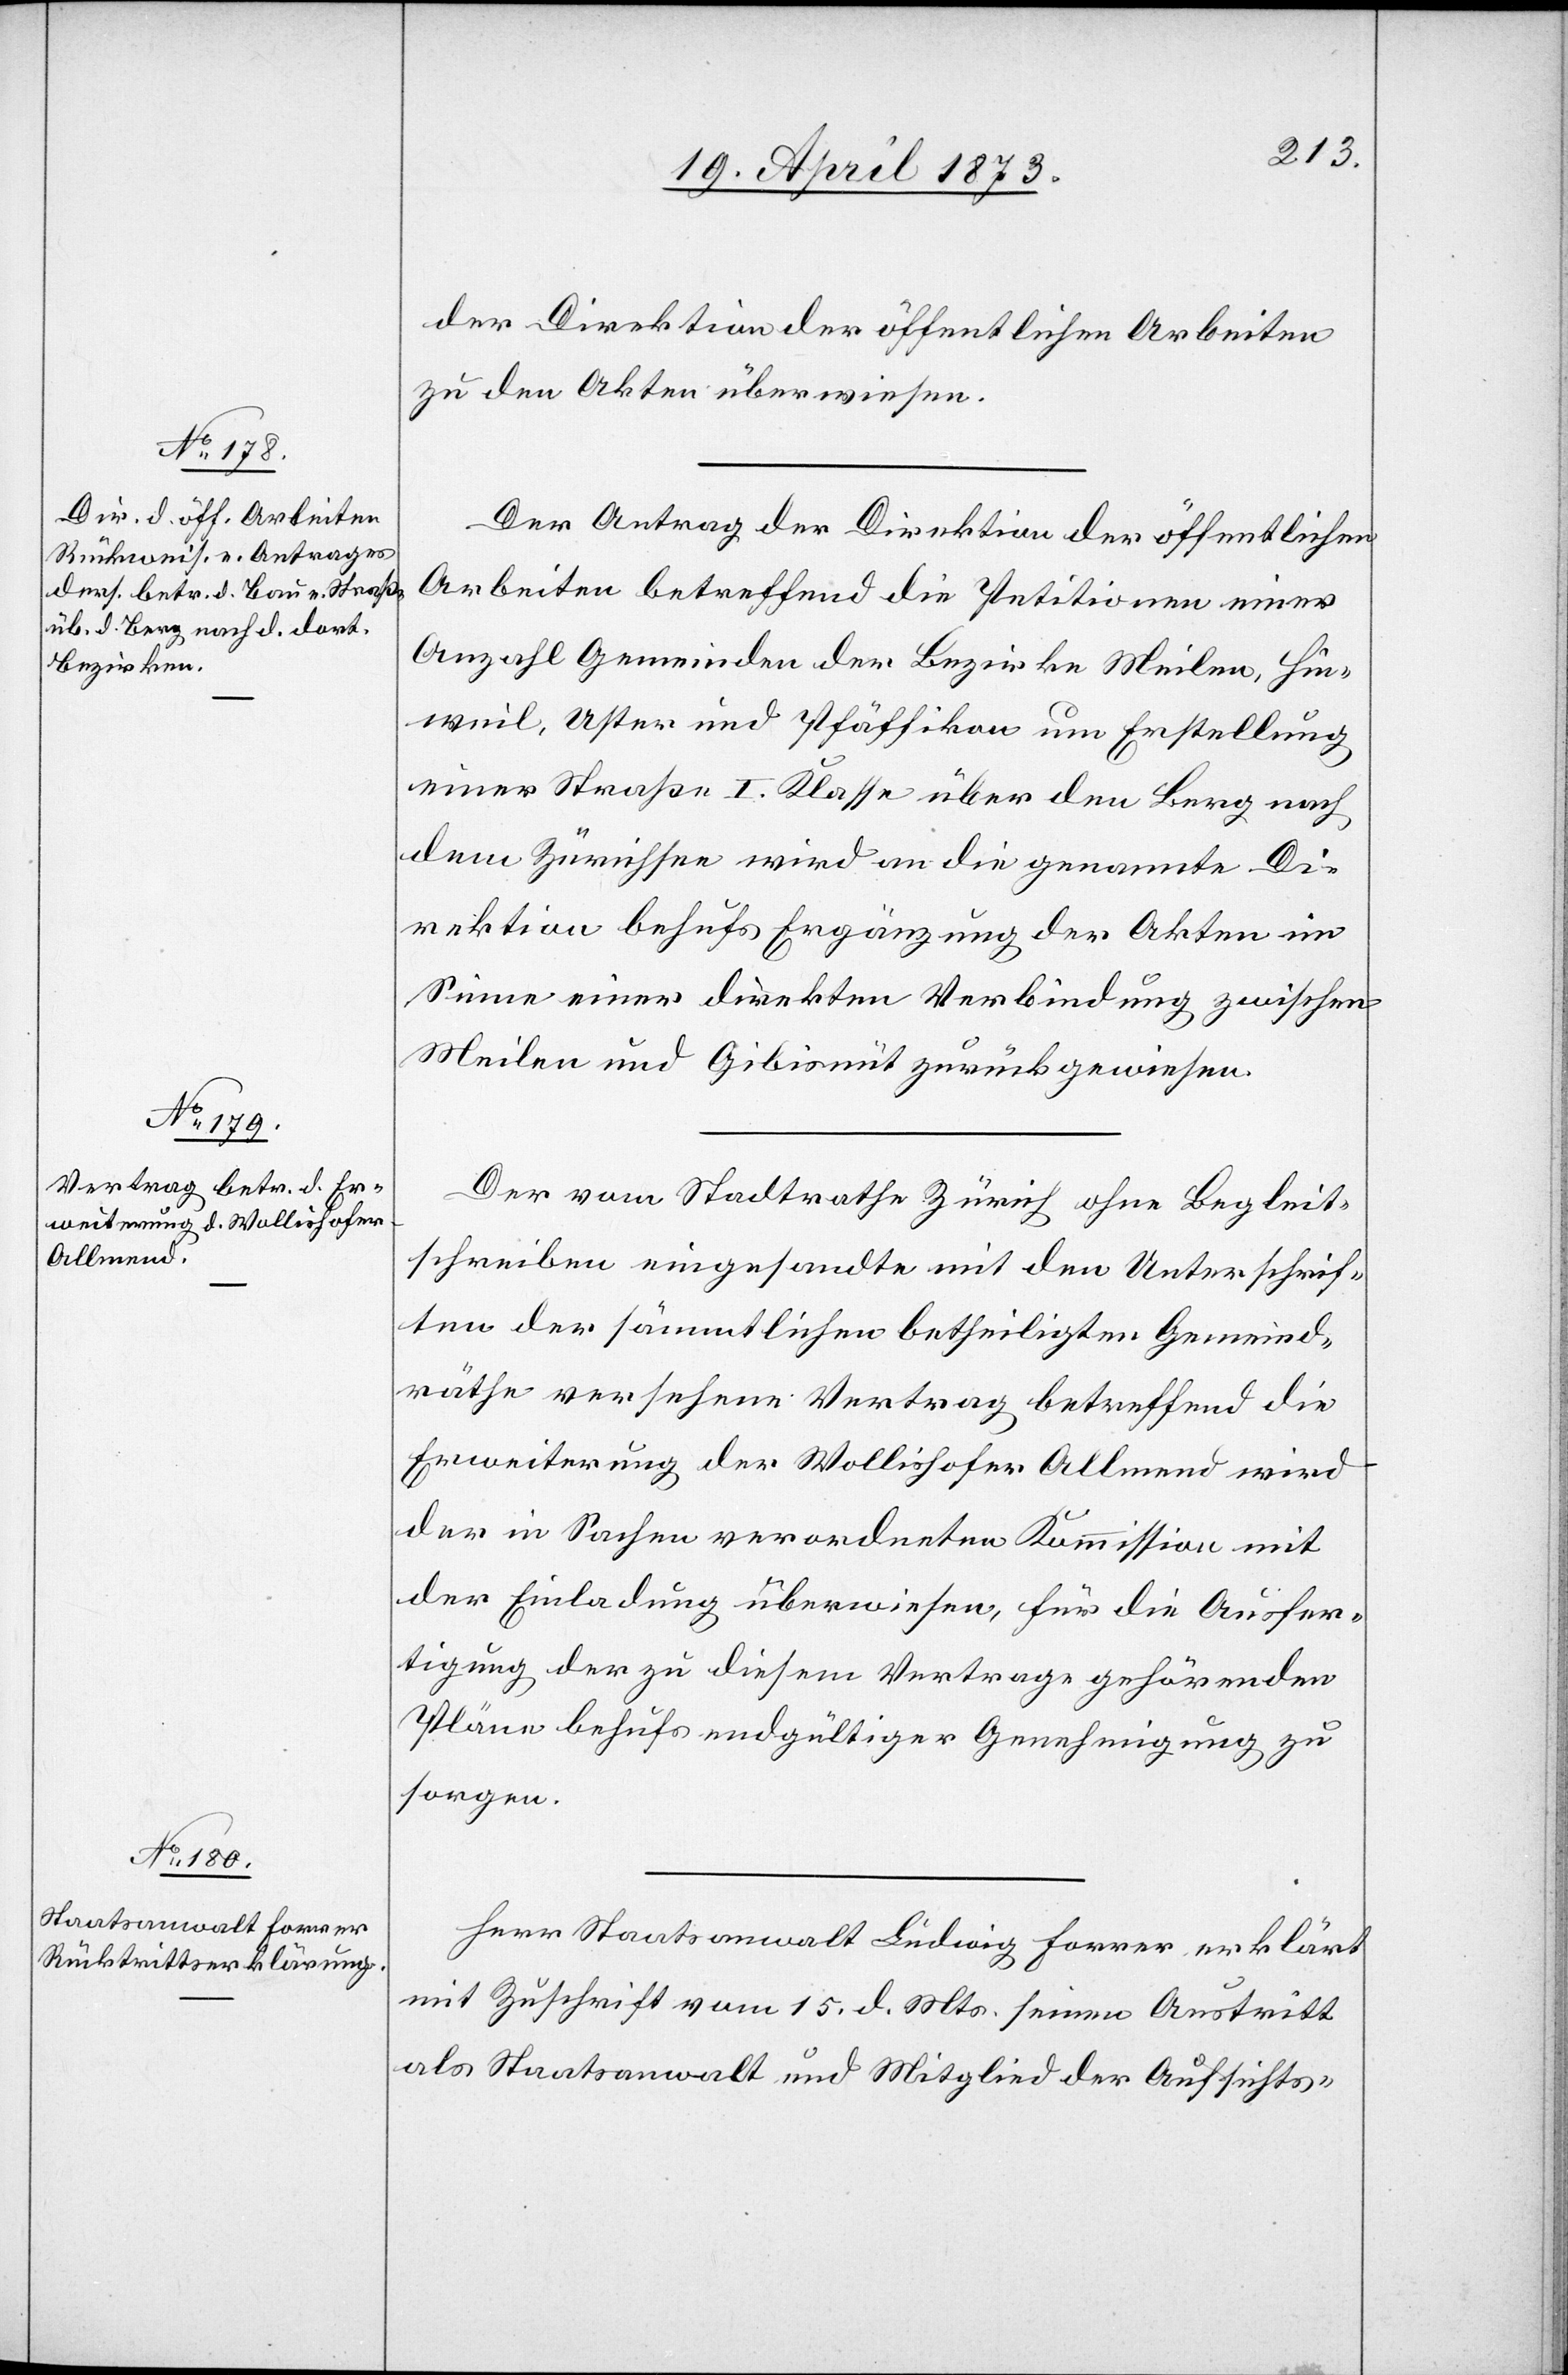
der Direktion der öffentlichen Arbeiten
zu den Akten überwiesen.
Der Antrag der Direktion der öffentlichen
Arbeiten betreffend die Petitionen einer
Anzahl Gemeinden der Bezirke Meilen, Hin¬
weil, Uster und Pfäffikon um Erstellung
einer Straß I. Klasse über den Berg nach
dem Zürichsee wird an die genannte Di¬
rektion behufs Ergänzung der Akten im
Sinne einer direkten Verbindung zwischen
Meilen und Gibisnüt zurückgewiesen.
Der vom Stadtrathe Zürich ohne Begleit¬
schreiben eingesandte mit den Unterschrif¬
ten der sämmtlichen betheiligten Gemeind¬
räthe versehene Vertrag betreffend die
Erweiterung der Wollishofer Allmend wird
der in Sachen verordneten Kommission mit
der Einladung überwiesen, für die Ausfer¬
tigung der zu diesem Vertrage gehörenden
Pläne behufs endgültiger Genehmigung zu
sorgen.
Herr Staatsanwalt Ludwig Forrer erklärt
mit Zuschrift vom 15. d. Mts. seinen Austritt
als Staatsanwalt und Mitglied der Aufsichts-